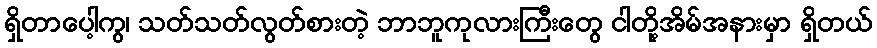
ရှိတာပေါ့ကွ၊ သတ်သတ်လွတ်စားတဲ့ ဘာဘူကုလားကြီးတွေ ငါတို့အိမ်အနားမှာ ရှိတယ်